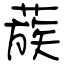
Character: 蔟